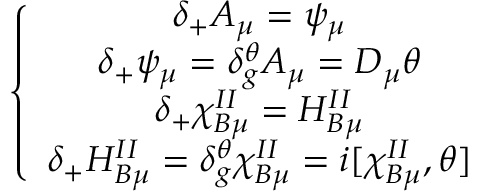
\left\{ \begin{array} { c } { { \delta _ { + } A _ { \mu } = \psi _ { \mu } } } \\ { { \delta _ { + } \psi _ { \mu } = \delta _ { g } ^ { \theta } A _ { \mu } = D _ { \mu } \theta } } \\ { { \delta _ { + } \chi _ { B \mu } ^ { I I } = H _ { B \mu } ^ { I I } } } \\ { { \delta _ { + } H _ { B \mu } ^ { I I } = \delta _ { g } ^ { \theta } \chi _ { B \mu } ^ { I I } = i [ \chi _ { B \mu } ^ { I I } , \theta ] } } \end{array} \right.